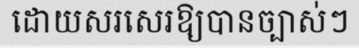
ដោយសរសេរឱ្យបានច្បាស់ៗ